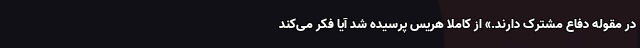
در مقوله دفاع مشترک دارند.» از کاملا هریس پرسیده شد آیا فکر می‌کند